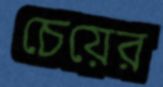
চেয়ের